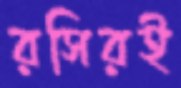
রসিরই